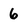
Character: 6